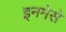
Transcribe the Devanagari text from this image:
इनमेसे